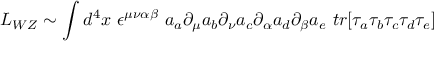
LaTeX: { \cal { L } _ { W Z } } \sim \int d ^ { 4 } x ~ \epsilon ^ { \mu \nu \alpha \beta } ~ a _ { a } \partial _ { \mu } a _ { b } \partial _ { \nu } a _ { c } \partial _ { \alpha } a _ { d } \partial _ { \beta } a _ { e } ~ t r [ \tau _ { a } \tau _ { b } \tau _ { c } \tau _ { d } \tau _ { e } ]